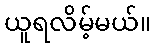
ယူရလိမ့်မယ်။